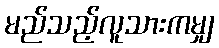
မည်သည့်လူသားကမျှ